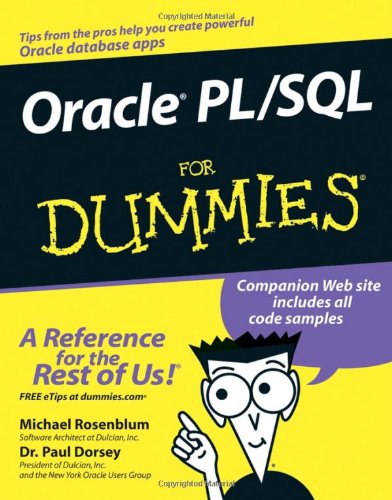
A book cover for Oracle PL / SQL For Dummies; Michael Rosenblum; Computers & Technology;